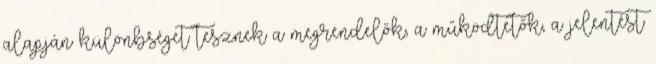
alapján különbséget tesznek a megrendelők, a működtetők, a jelentést